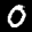
Label: 0